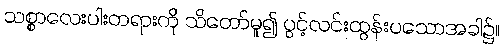
သစ္စာလေးပါးတရားကို သိတော်မူ၍ ပွင့်လင်းထွန်းပသောအခါ၌။